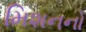
મિશનનો